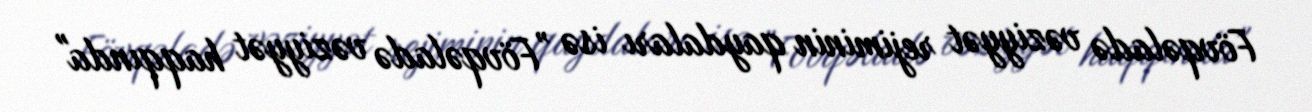
Fövqəladə vəziyyət rejiminin qaydaları isə ”Fövqəladə vəziyyət haqqında"